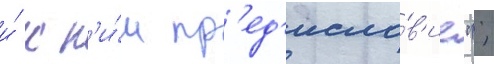
и́ к н'и́м пр'ед'исло́в'ие";